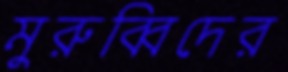
মুরুব্বিদের